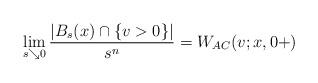
LaTeX: \begin{align*}\lim_{s\searrow 0} \frac{|B_s(x)\cap \{v>0\}|}{s^n} = W_{AC}(v;x,0+)\end{align*}